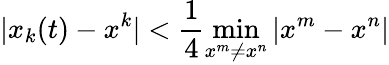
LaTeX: |x_{k}(t)-x^{k}|<\frac{1}{4}\operatorname*{min}_{x^{m}\neq x^{n}}|x^{m}-x^{n}|